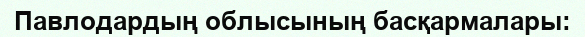
Павлодардың облысының басқармалары: